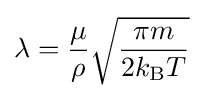
\lambda ={\frac {\mu }{\rho }}{\sqrt {\frac {\pi m}{2k_{\text{B}}T}}}